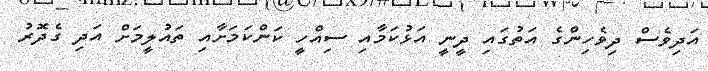
އަދިވެސް ދިވެހިންގެ އަތުގައި ދީނީ އަޅުކަމާއި ސިއްހީ ކަންކަމަށާއި ތައުލީމަށް އަދި ގެދޮރު